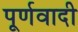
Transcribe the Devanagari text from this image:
पूर्णवादी